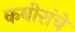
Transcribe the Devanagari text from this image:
कबीरांचे